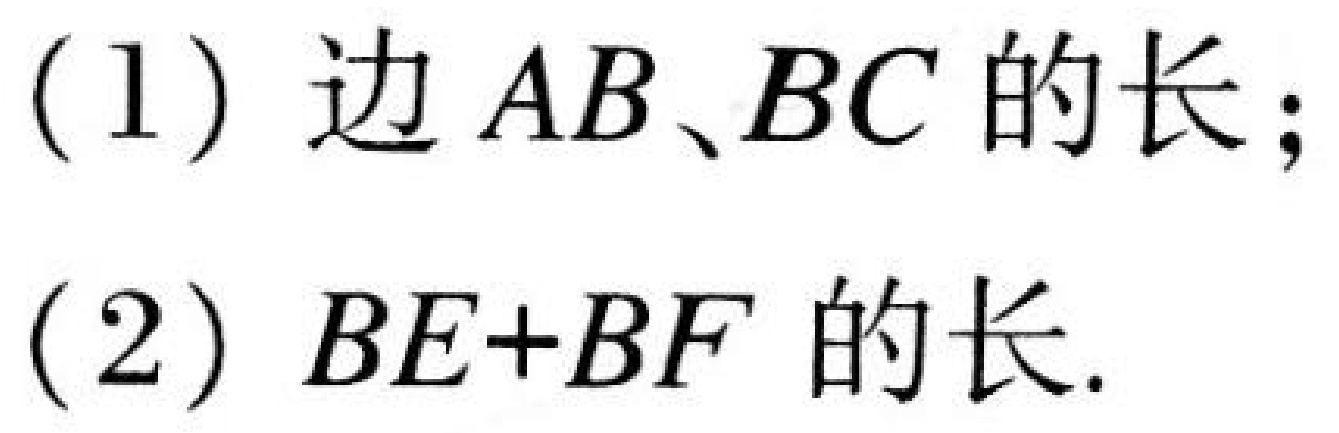
(1) 边 \(AB、BC\) 的长；
(2) \(BE + BF\) 的长.